Indian journal of veterinary science and animal husbandry - Volumes 18-21, 1948-1951
Year: 1948
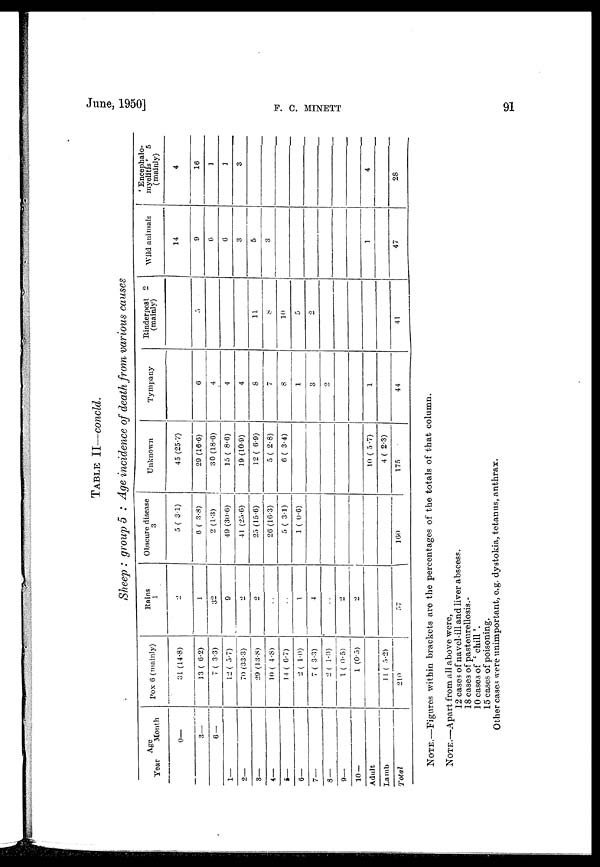
June, 1950]
F.
C.
MINETT
91
TABLE II—concld.
Sheep : group 5 : Age incidence of death from various causes
Age
Year
1—
2—
3—
4—
5—
6—
7—
8—
9—
10—
Adult
Lamb
Total
Month
0—
3—
6 —
Pox 6 (mainly)
31 (14.8)
13 (6.2)
7 (3.3)
12 (5.7)
70 (33.3)
29 (13.8)
10 (4.8)
14 (6.7)
2 ( 1.0)
7 (3.3)
2 ( 1.0)
1 (0.5)
1 (0.5)
11 ( 5.2)
210
Rains
1
2
1
32
9
2
2
. .
. .
1
4
. .
2
2
57
Obscure disease
3
5 (3.1)
6 (3.8)
2 (1.3)
49 (30.6)
41 (25.6)
25 (15.6)
26 (16.3)
5 (3.1)
1 (0.6)
160
Unknown
45 (25.7)
29 (16.6)
30 (18.6)
15 (8.6)
19 (10.9)
12 (6.9)
5 (2.8)
6 (3.4)
10 (5 .7)
4 (2.3)
175
Tympany
6
4
4
4
8
7
8
1
3
2
1
44
Rinderpest 2
(mainly)
5
11
8
10
5
2
41
Wild animals
14
9
6
6
3
5
3
1
47
' Encephalo-
myelitis ' 5
(mainly)
4
16
1
1
3
4
28
NOTE.—Figures within brackets are the percentages of the totals of that column.
NOTE.—Apart from all above were,
12 cases of navel-ill and liver abscess.
18 cases of pasteurellosis.
10 cases of 'chill'.
15 cases of poisoning.
Other cases were unimportant, e.g. dystokia, tetanus, anthrax.